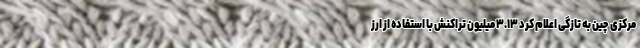
مرکزی چین به تازگی اعلام کرد ۳.۱۳ میلیون تراکنش با استفاده از ارز